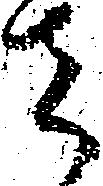
者